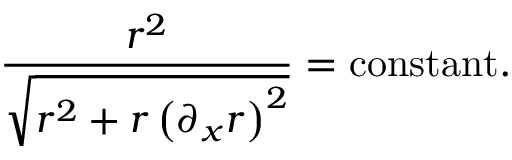
\frac { r ^ { 2 } } { \sqrt { r ^ { 2 } + r \left( { { \partial } _ { x } r } \right) ^ { 2 } } } = { \mathrm { c o n s t a n t } } .